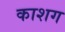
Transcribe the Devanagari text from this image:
काशग